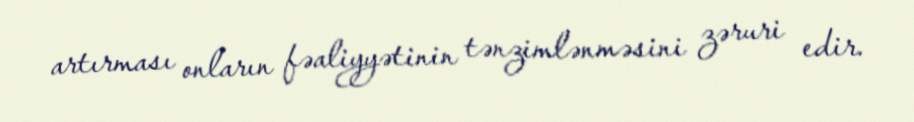
artırması onların fəaliyyətinin tənzimlənməsini zəruri edir.